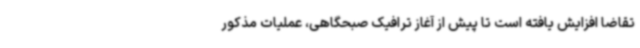
تقاضا افزایش یافته است تا پیش از آغاز ترافیک صبحگاهی، عملیات مذکور